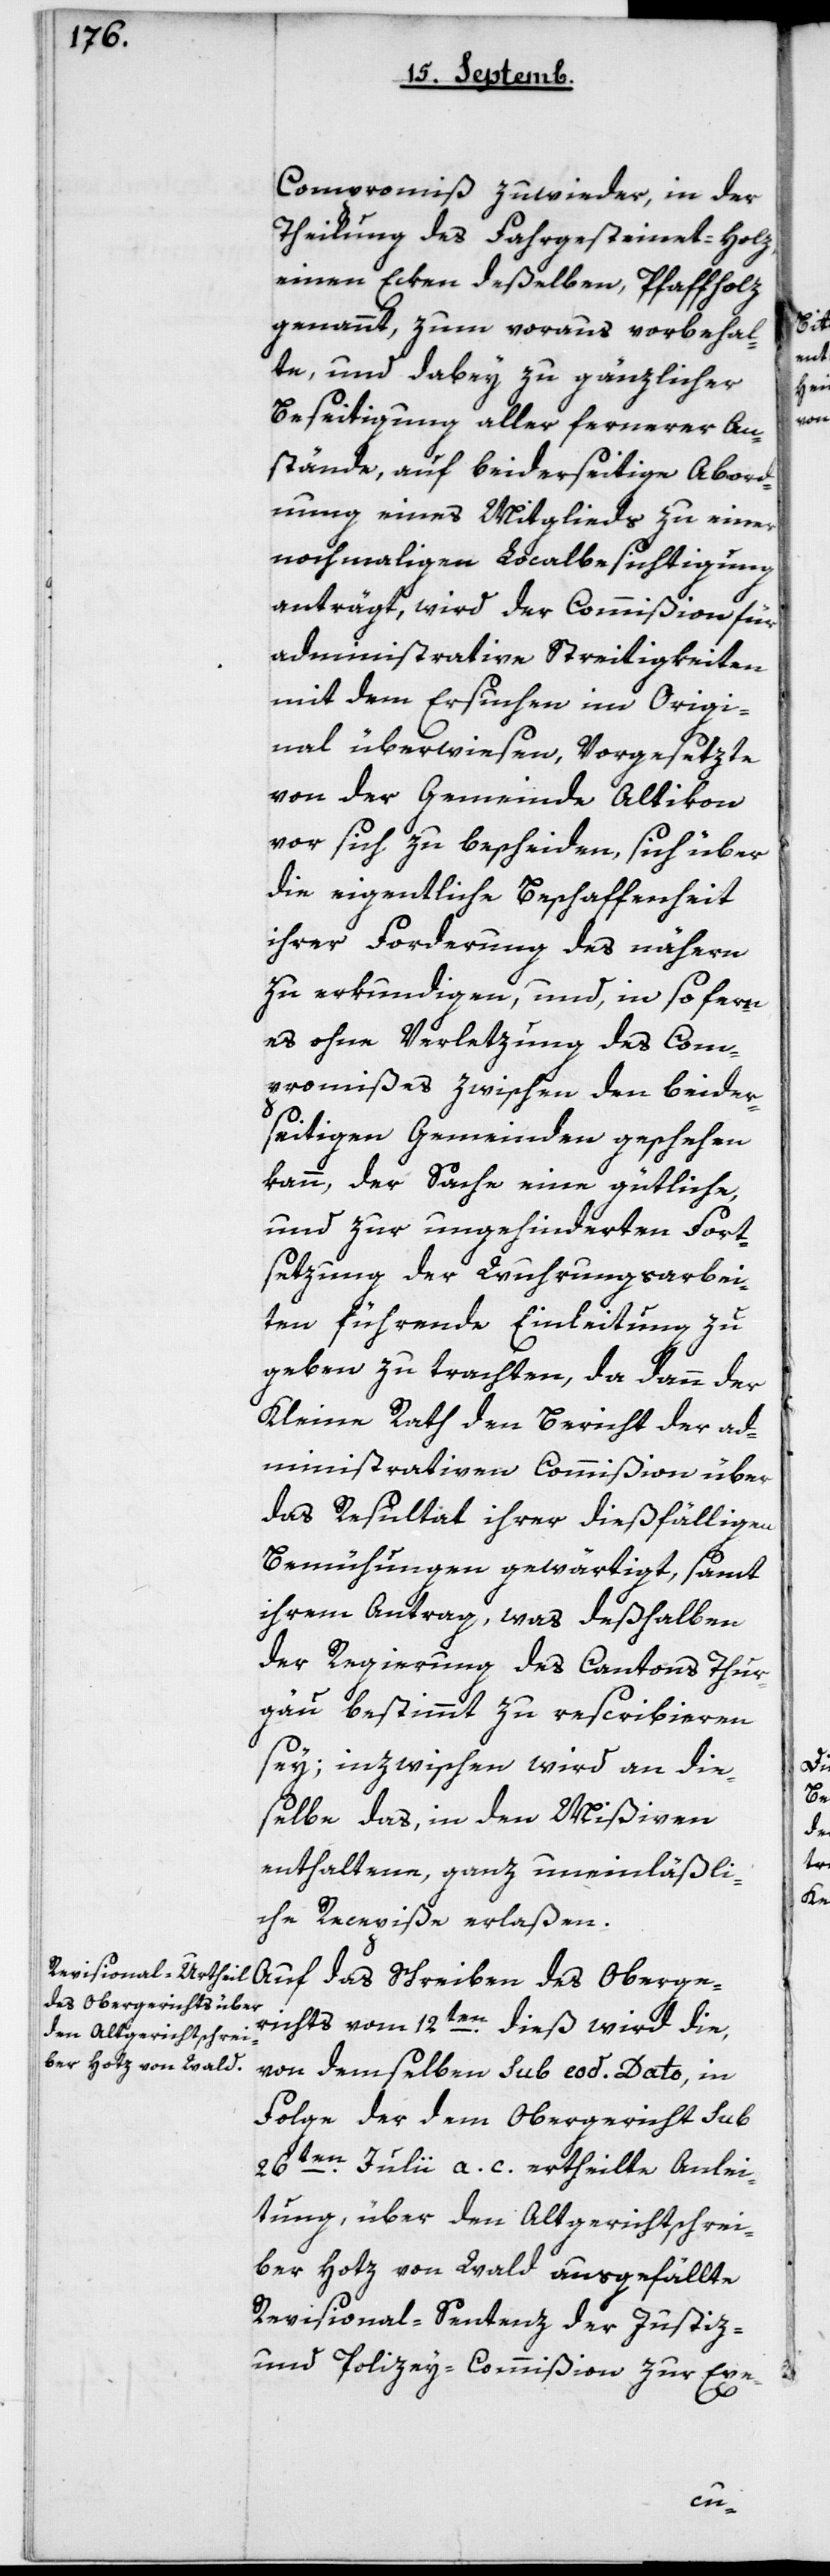
Compromiß zuwider, in der
Theilung des Fahrgesteinet-Holz,
einen Ecken deßelben, Pfaffholz
genannt, zum Voraus vorbehal¬
te, und dabey zu gänzlicher
Beseitigung aller fernerer An¬
stände, auf beyderseitige Abord¬
nung eines Mitglieds zu einer
nochmaligen Localbesichtigung
anträgt, wird der Commißion für
administrative Streitigkeiten
mit dem Ersuchen im Origi¬
nal überwiesen, Vorgesetzte
von der Gemeinde Altikon
vor sich zu bescheiden, sich über
die eigentliche Beschaffenheit
ihrer Forderung des nähern
zu erkundigen, und, insofern
es ohne Verletzung des Com¬
promißes zwischen den beider¬
seitigen Gemeinden geschehen
kann, der Sache eine gütliche
und zur ungehinderten Fort¬
setzung der Wuhrungsarbei¬
ten führende Einleitung zu
geben zu trachten, da dann der
Kleine Rath den Bericht der ad¬
ministrativen Commißion über
das Resultat ihrer dießfälligen
Bemühungen gewärtigt, sammt
ihrem Antrag, was deshalben
der Regierung des Cantons Thur¬
gau bestimmt zu rescribieren
sey; inzwischen wird an die¬
selbe das, in den Mißiven
enthaltene, ganz uneinläßli¬
che Recepiße erlaßen.
Auf das Schreiben des Oberge¬
richts vom 12ten dieß wird die,
von demselben sub eod. Dato, in
Folge der dem Obergericht sub
26ten Julii a.c. ertheilte Anlei¬
tung, über den alt Gerichtsschrei¬
ber Hotz von Wald ausgefällte
Revisional-Sentenz der Justiz-
und Policey-Commißion zur Exe-